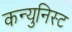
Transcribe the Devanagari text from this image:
कन्युनिस्ट